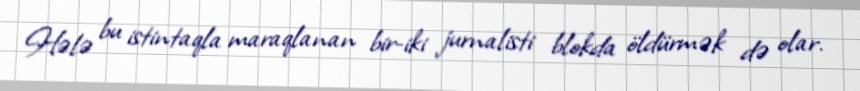
Hələ bu istintaqla maraqlanan bir-iki jurnalisti blokda öldürmək də olar.